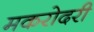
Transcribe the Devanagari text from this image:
मकरोदरी